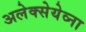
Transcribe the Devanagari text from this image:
अलेक्सेयेव्ना